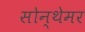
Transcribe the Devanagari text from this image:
सोन्थेमर